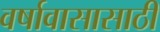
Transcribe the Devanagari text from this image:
वर्षावासासाठी